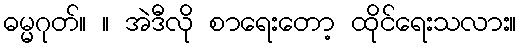
ဓမ္မဂုတ်။ ။ အဲဒီလို စာရေးတော့ ထိုင်ရေးသလား။